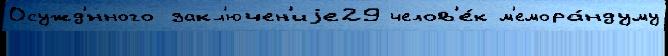
Осужд'́нного закл'ючен'иjе29 челов'е́к м'емора́ндуму